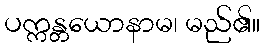
ပက္ကန္တယောနာမ၊ မည်၏။